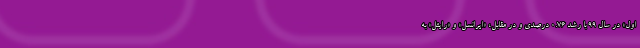
اول» در سال 99 با رشد 0.76 درصدی و در مقابل، «ایرانسل» و «رایتل» به